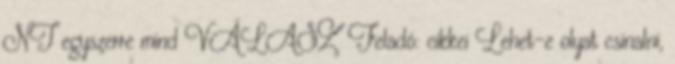
NT egyszerre mind VÁLASZ Feladó: cikkei Lehet-e olyat csinalni,